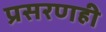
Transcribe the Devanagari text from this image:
प्रसरणही